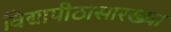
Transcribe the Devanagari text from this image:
विद्यापीठासारख्या